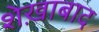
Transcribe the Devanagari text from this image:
शेख़ाबाद